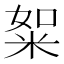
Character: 𥹡